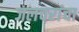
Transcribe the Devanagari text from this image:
जलचरांचा